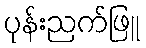
ပုန်းညက်ဖြူ